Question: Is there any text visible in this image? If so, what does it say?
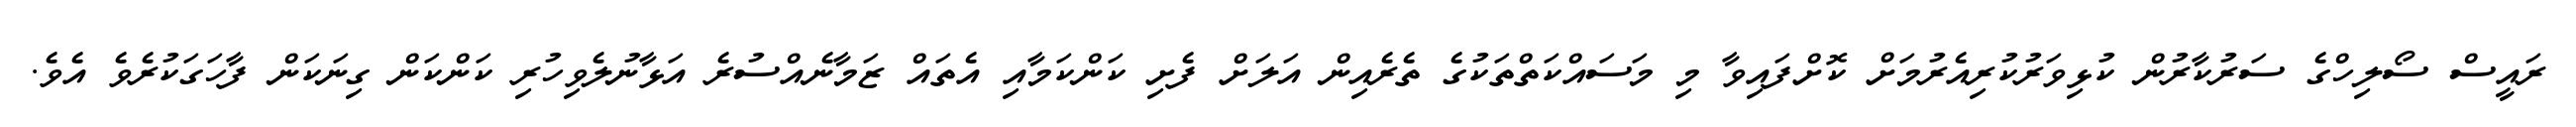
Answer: ރައީސް ސޯލިހްގެ ސަރުކާރުން ކުޅިވަރުކުރިއެރުމަށް ކޮށްފައިވާ މި މަސައްކަތްތަކުގެ ތެރެއިން އަލަށް ފެށި ކަންކަމާއި އެތައް ޒަމާނެއްސުރެ އަޅާނުލެވިހުރި ކަންކަން ގިނަކަން ފާހަގަކުރެވެ އެވެ.